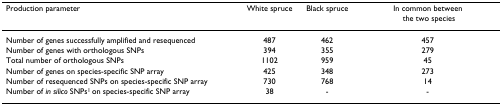
<table><thead><tr><td><b>Production parameter</b></td><td><b>White spruce</b></td><td><b>Black spruce</b></td><td><b>In common between the two species</b></td></tr></thead><tbody><tr><td>Number of genes successfully amplified and resequenced</td><td>487</td><td>462</td><td>457</td></tr><tr><td>Number of genes with orthologous SNPs</td><td>394</td><td>355</td><td>279</td></tr><tr><td>Total number of orthologous SNPs</td><td>1102</td><td>959</td><td>45</td></tr><tr><td>Number of genes on species-specific SNP array</td><td>425</td><td>348</td><td>273</td></tr><tr><td>Number of resequenced SNPs on species-specific SNP array</td><td>730</td><td>768</td><td>14</td></tr><tr><td>Number of <i>in silico </i>SNPs<sup>1 </sup>on species-specific SNP array</td><td>38</td><td>-</td><td>-</td></tr></tbody></table>